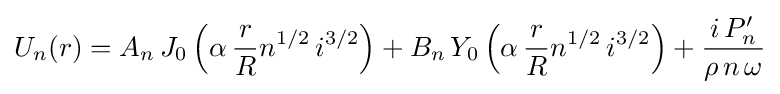
U_{n}(r)=A_{n}\,J_{0}\left(\alpha \,{\frac {r}{R}}n^{1/2}\,i^{3/2}\right)+B_{n}\,Y_{0}\left(\alpha \,{\frac {r}{R}}n^{1/2}\,i^{3/2}\right)+{\frac {i\,P'_{n}}{\rho \,n\,\omega }}